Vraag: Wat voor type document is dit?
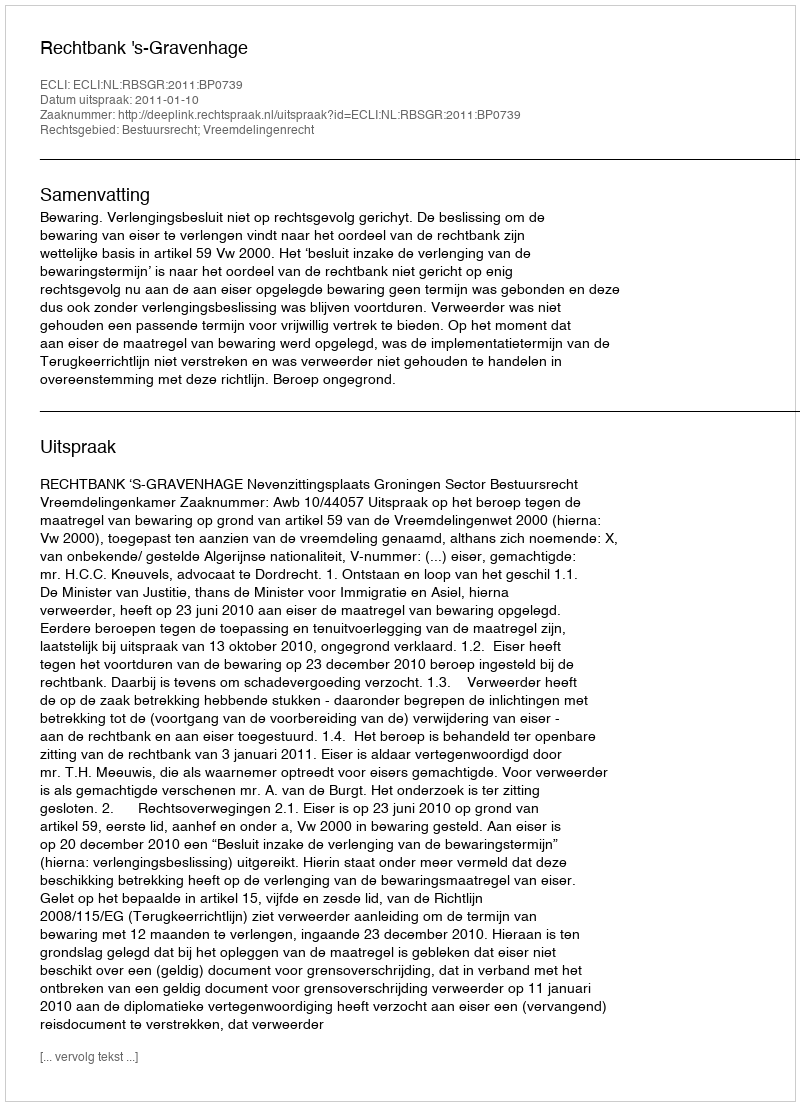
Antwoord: Uitspraak